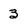
Character: 3